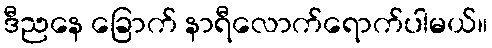
ဒီညနေ ခြောက် နာရီလောက်ရောက်ပါမယ်။